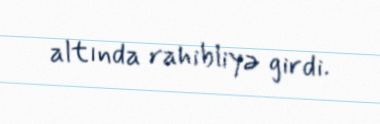
altında rahibliyə girdi.